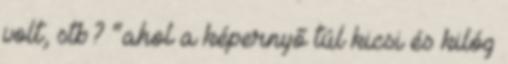
volt, stb? “ahol a képernyő túl kicsi és kilóg